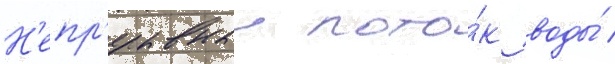
Н'епр'ерывныи пото́к воды́ /